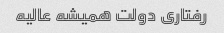
رفتاری دولت همیشه عالیه